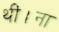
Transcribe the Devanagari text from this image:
थीं।ना